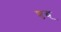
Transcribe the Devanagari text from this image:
शुद्ध्